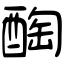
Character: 醄